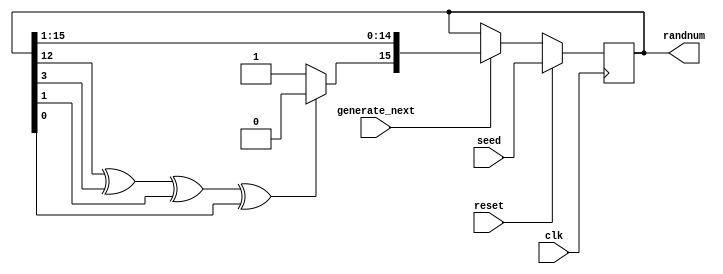
module axi_traffic_gen_v2_0_randgen(
  input      [15:0] seed           ,
  output     [15:0] randnum        ,
  input             generate_next  ,
  input             reset          ,
  input             clk
);
   
  
 reg [15:0]  lfsr;
 wire        lfsr_xnor;

always @(posedge clk) begin
   if (reset) begin
      lfsr <= seed;    
   end else if(generate_next) begin
      lfsr    <= {lfsr_xnor,lfsr[15:1]};
   end
end

assign randnum = lfsr;
assign lfsr_xnor = (lfsr[12] ^ lfsr[3] ^  lfsr[1]^ lfsr[0]) ? 1'd0 : 1'd1;  

endmodule